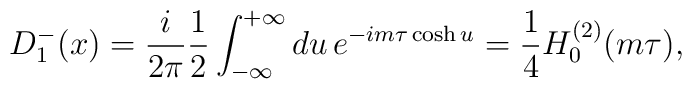
D_{1}^{-}(x) = {i\over2\pi}{1\over2} \int_{-\infty}^{+\infty} du \,  e^{-i m \tau\cosh u} = {1\over4} H_0^{(2)}(m\tau),